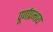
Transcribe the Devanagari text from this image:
पूर्णप्रभाय